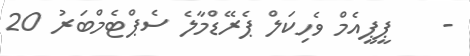
-    ޕީޕީއެމް ވެހިކަލް ޕެރޭޑްމާލެ ސެޕްޓެމްބަރު 20